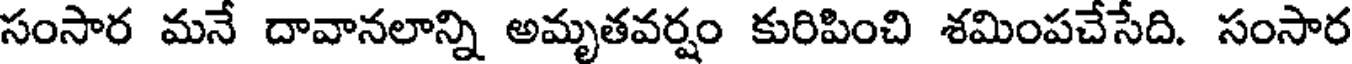
సంసార మనే దావానలాన్ని అమృతవర్షం కురిపించి శమింపచేసేది. సంసార